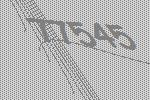
77545